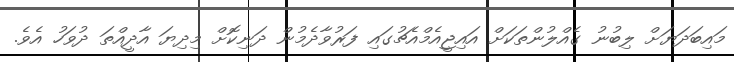
މައިބަދަޔަށް ލިބުނު ގެއްލުންތަކަށް އައިޖީއެމްއެޗުގައި ފަރުވާދެމުން ދަނިކޮށް މިދިޔަ އާދީއްތަ ދުވަހު އެވެ.